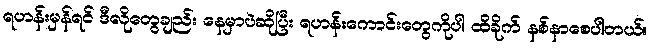
ရဟန်းမှန်ရင် ဒီလိုတွေချည်း နေမှာပဲဆိုပြီး ရဟန်းကောင်းတွေကိုပါ ထိခိုက် နစ်နာစေပါတယ်။